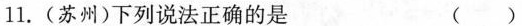
11.(苏州)下列说法正确的是 ()